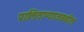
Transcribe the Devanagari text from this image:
पालिताण्याजवळील